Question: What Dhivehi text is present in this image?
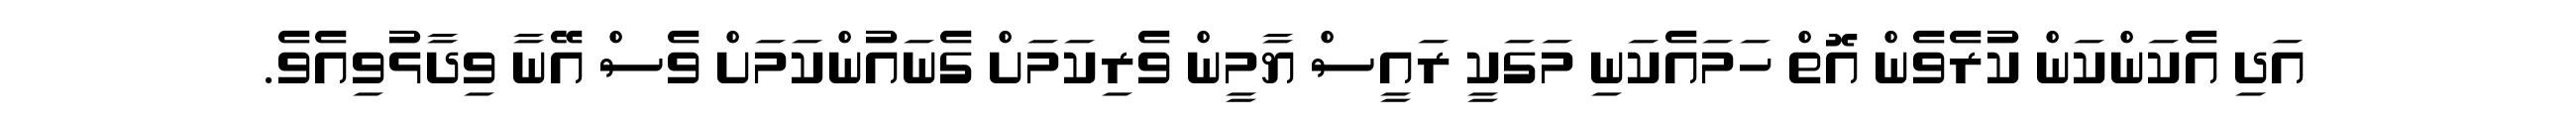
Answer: އަދި އެކަންކަން ކުރެވެން އޮތް ހަމައެކަނި މަގަކީ ރައީސް ޔާމީން ވެރިކަމަށް ގެނައުންކަމަށް ވެސް އޭނާ ވިދާޅުވިއެވެ.